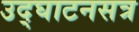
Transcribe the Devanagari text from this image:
उद्‍घाटनसत्र